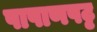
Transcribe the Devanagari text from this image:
पाषाणपट्ट